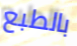
بالطبع